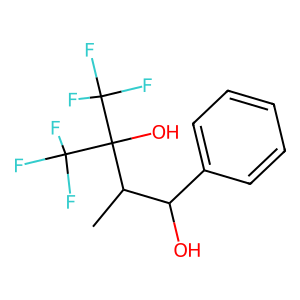
SMILES: CC(C(O)c1ccccc1)C(O)(C(F)(F)F)C(F)(F)F
Inhibits HIV replication: No